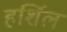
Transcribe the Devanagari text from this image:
हर्शिल